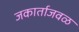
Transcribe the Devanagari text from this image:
जकार्ताजवळ